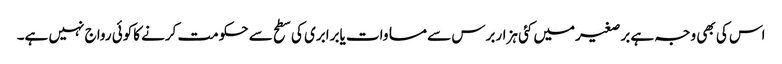
اس کی بھی وجہ ہے برصغیرمیں کئی ہزاربرس سے مساوات یابرابری کی سطح سے حکومت کرنے کاکوئی رواج نہیں ہے۔